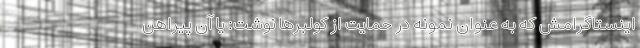
اینستاگرامش که به عنوان نمونه در حمایت از کولبرها نوشت: یا آن پیراهن